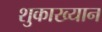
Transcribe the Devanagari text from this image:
शुकाख्यान